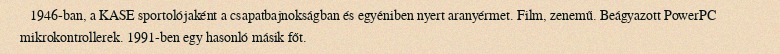
1946-ban, a KASE sportolójaként a csapatbajnokságban és egyéniben nyert aranyérmet. Film, zenemű. Beágyazott PowerPC mikrokontrollerek. 1991-ben egy hasonló másik főt.